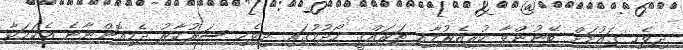
ދިވެހި ޤައުމަށް ބޭނުންވާ ކުރިއެރުމާއި ތަރައްޤީ ހޯދުމުގައި ދިވެހި ސަރުކާރު ދެމިއޮންނާނެ އެކަމަކާ